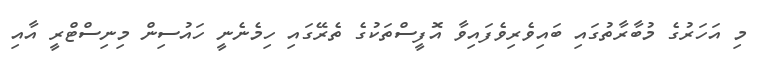
މި އަހަރުގެ މުބާރާތުގައި ބައިވެރިވެފައިވާ އޮފީސްތަކުގެ ތެރޭގައި ހިމެނެނީ ހައުސިން މިނިސްޓްރީ އާއި